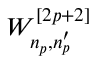
W _ { n _ { p } , n _ { p } ^ { \prime } } ^ { [ 2 p + 2 ] }